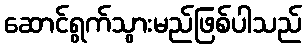
ဆောင်ရွက်သွားမည်ဖြစ်ပါသည်